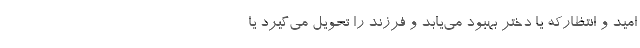
امید و انتظارکه یا دختر بهبود می‌یابد و فرزند را تحویل می‌گیرد یا